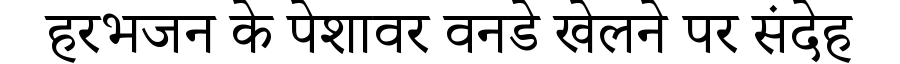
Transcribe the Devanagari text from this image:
हरभजन के पेशावर वनडे खेलने पर संदेह